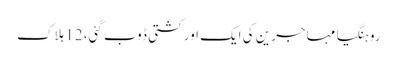
روہنگیا مہاجرین کی ایک اور کشتی ڈوب گئی، 12 ہلاک